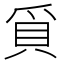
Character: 𭶰